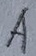
Text: A